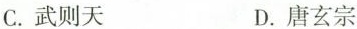
C.武则天 D.唐玄宗